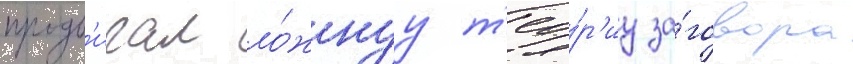
продв'игал ло́жнуу т'ео́р'иу за́говора